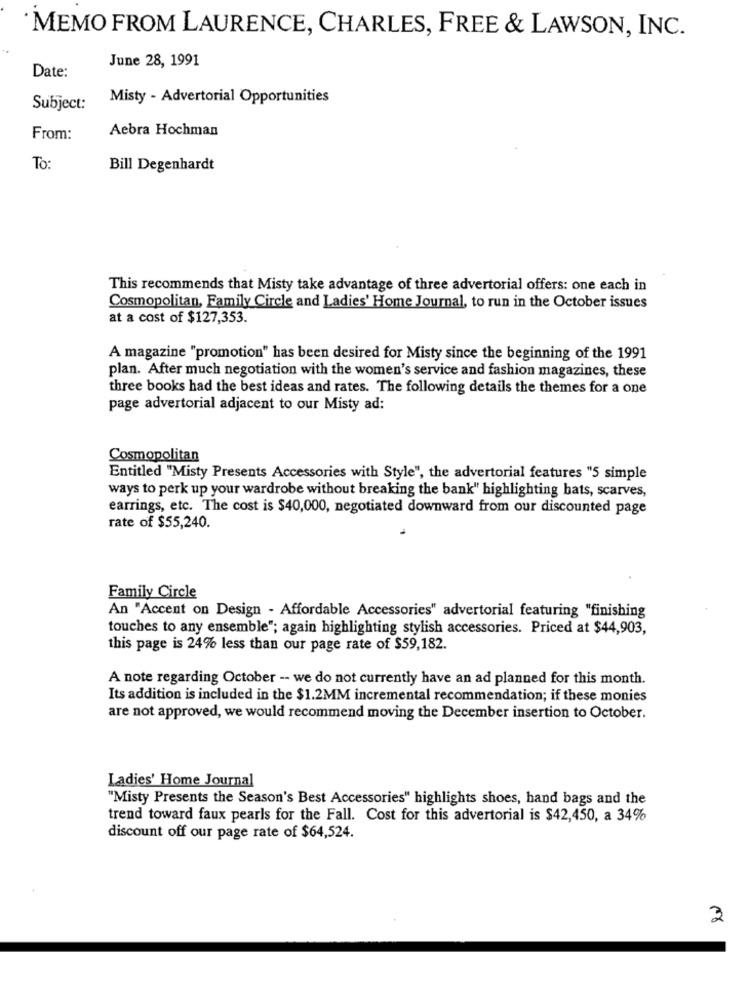
MEMO FROM LAURENCE, CHARLES, FREE & LAWSON, INC.
June 28, 1991
Date:
Misty - Advertorial Opportunities
Subject:
Aebra Hochman
From:
To:
Bill Degenhardt
This recommends that Misty take advantage of three advertorial offers: one each in
Cosmopolitan, Family Circle and Ladies' Home Journal, to run in the October issues
at a cost of $127,353.
A magazine "promotion" has been desired for Misty since the beginning of the 1991
plan. After much negotiation with the women's service and fashion magazines, these
three books had the best ideas and rates. The following details the themes for a one
page advertorial adjacent to our Misty ad:
Cosmopolitan
Entitled "Misty Presents Accessories with Style", the advertorial features "5 simple
ways to perk up your wardrobe without breaking the bank" highlighting bats, scarves,
earrings, etc. The cost is $40,000, negotiated downward from our discounted page
rate of $55,240.
Family Circle
An "Accent on Design - Affordable Accessories" advertorial featuring "finishing
touches to any ensemble"; again highlighting stylish accessories. Priced at $44,903,
this page is 24% less than our page rate of $59,182.
A note regarding October -- we do not currently have an ad planned for this month.
Its addition is included in the $1.2MM incremental recommendation; if these monies
are not approved, we would recommend moving the December insertion to October.
Ladies' Home Journal
"Misty Presents the Season's Best Accessories" highlights shoes, hand bags and the
trend toward faux pearls for the Fall. Cost for this advertorial is $42,450, a 34%
discount off our page rate of $64,524.
2